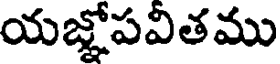
యజ్ఞోపవితము